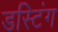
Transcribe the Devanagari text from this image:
डस्टिंग